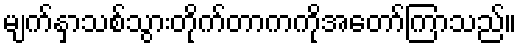
မျက်နှာသစ်သွားတိုက်တာကကိုအတော်ကြာသည်။